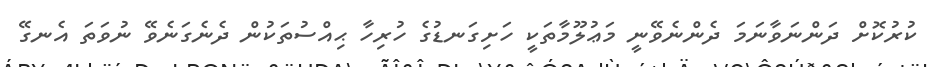
ކުރުކޮށް ދަންނަވާނަމަ ދެންނެވޭނީ މަޢުލޫމާތަކީ ހަށިގަނޑުގެ ހުރިހާ ޙިއްސުތަކުން ދެނެގަނެވޭ ނުވަތަ އެނގޭ